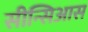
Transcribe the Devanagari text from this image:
सीन्सिआस